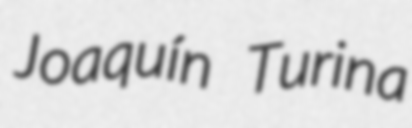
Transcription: Joaquín Turina